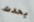
يحدث